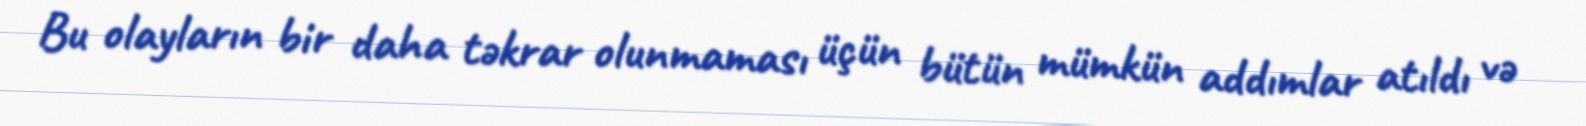
Bu olayların bir daha təkrar olunmaması üçün bütün mümkün addımlar atıldı və